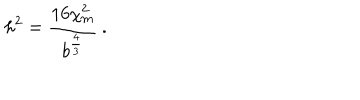
h ^ { 2 } = \frac { 1 6 \chi _ { \mathrm { m } } ^ { 2 } } { b ^ { \frac 4 3 } } \: .